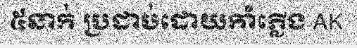
៥នាក់ ប្រដាប់ដោយកាំំភ្លើង AK